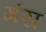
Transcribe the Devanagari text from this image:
मंस